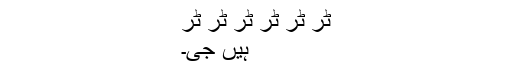
ٹر ٹر ٹر ٹر ٹر ٹر
ہیں جی۔